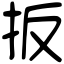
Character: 扳